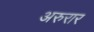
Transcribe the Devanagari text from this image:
अरुरार